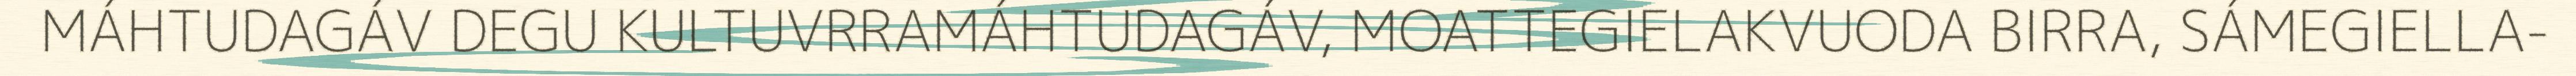
MÁHTUDAGÁV DEGU KULTUVRRAMÁHTUDAGÁV, MOATTEGIELAKVUODA BIRRA, SÁMEGIELLA-